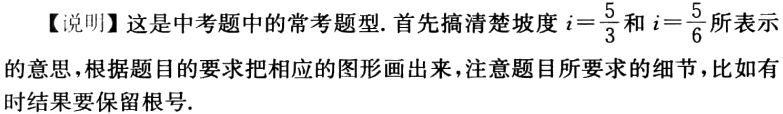
【说明】这是中考题中的常考题型. 首先搞清楚坡度\(i = \frac{5}{3}\)和\(i = \frac{5}{6}\)所表示的意思，根据题目的要求把相应的图形画出来，注意题目所要求的细节，比如有时结果要保留根号.